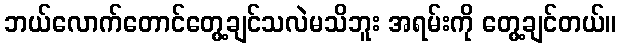
ဘယ်လောက်တောင်တွေ့ချင်သလဲမသိဘူး အရမ်းကို တွေ့ချင်တယ်။